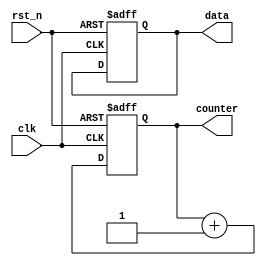
module parameter_focused_initialization #(
    parameter INITIAL_VALUE = 8'h00,  // Default initial value for registers
    parameter COUNTER_SIZE = 4,       // Size of the counter
    parameter OPERATION_MODE = 1       // Mode of operation (0: mode A, 1: mode B)
)(
    input wire clk,                    // Clock input
    input wire rst_n,                  // Active low reset
    output reg [COUNTER_SIZE-1:0] counter, // Counter output
    output reg [7:0] data              // Data output
);

// Internal state variable
reg [7:0] internal_reg;

// Initialization logic
always @(posedge clk or negedge rst_n) begin
    if (!rst_n) begin
        // Reset handling
        case (OPERATION_MODE)
            0: begin
                // Mode A initialization
                internal_reg <= INITIAL_VALUE;
                counter <= 0;
                data <= 8'hFF; // Example value for mode A
            end
            1: begin
                // Mode B initialization
                internal_reg <= INITIAL_VALUE + 8'h01;
                counter <= 4'b1111; // Example value for mode B
                data <= 8'h00; // Example value for mode B
            end
            default: begin
                // Default case
                internal_reg <= INITIAL_VALUE;
                counter <= 0;
                data <= 8'h00;
            end
        endcase
    end else begin
        // Normal operation (increment counter as an example)
        counter <= counter + 1;
        // Additional logic can be added here
    end
end

// Simulation and testing
// This section can be used for testbench integration to verify different initialization scenarios

endmodule